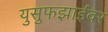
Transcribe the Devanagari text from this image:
युसुफझाईवर